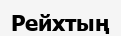
Рейхтың